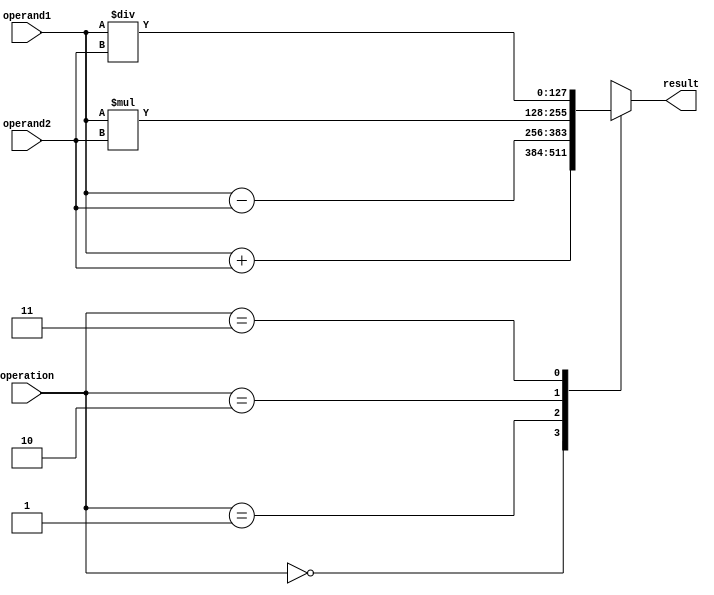
module quad_precision_fpu (
    input [127:0] operand1,
    input [127:0] operand2,
    input [1:0] operation,
    output reg [127:0] result
);

always @(*) begin
    case(operation)
        2'b00: result = operand1 + operand2; // addition block
        2'b01: result = operand1 - operand2; // subtraction block
        2'b10: result = operand1 * operand2; // multiplication block
        2'b11: result = operand1 / operand2; // division block
        default: result = 128'h0;
    endcase
end

endmodule